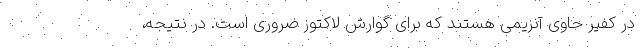
در کفیر حاوی آنزیمی هستند که برای گوارش لاکتوز ضروری است. در نتیجه،